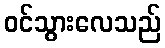
ဝင်သွားလေသည်